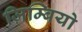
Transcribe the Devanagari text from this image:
ज़िम्बियो